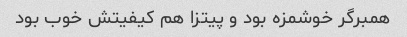
همبرگر خوشمزه بود و پیتزا هم کیفیتش خوب بود